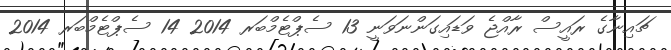
ޗައިނާގެ ރައީސް ރާއްޖެ ވަޑައިގަންނަވަނީ 13 ސެޕްޓެމްބަރ 2014 14 ސެޕްޓެމްބަރ 2014